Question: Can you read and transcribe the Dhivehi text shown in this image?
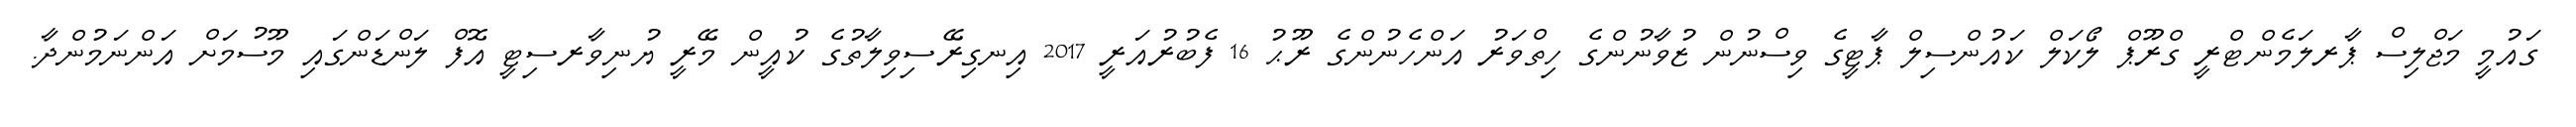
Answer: ގައުމީ މަޖްލިސް ޕާރލަމެންޓްރީ ގްރޫޕް ލޯކަލް ކައުންސިލް ޕާޓީގެ ވިސްނުން ޒުވާނުންގެ ހިތްވަރު އަންހެނުންގެ ރޫޙު 16 ފެބުރުއަރީ 2017 އިނގިރޭސިވިލާތުގެ ކުއީން މޭރީ ޔުނިވާރސިޓީ އޮފް ލަންޑަންގައި މޫސުމަށް އަންނަމުންދާ.